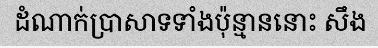
ដំណាក់ប្រាសាទទាំងប៉ុន្មាននោះ សឹង